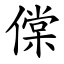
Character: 㒉